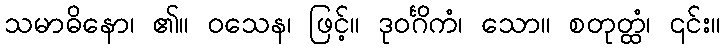
သမာဓိနော၊ ၏။ ဝသေန၊ ဖြင့်။ ဒုဝင်္ဂိကံ၊ သော။ စတုတ္ထံ၊ ၎င်း။